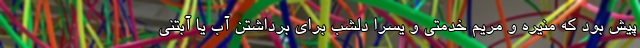
پیش بود که منیره و مریم خدمتی و یسرا دلشب برای برداشتن آب یا آبتنی